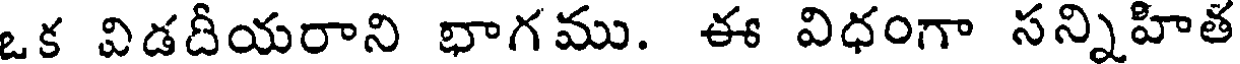
ఒక విడదీయరాని భాగము. ఈ విధంగా సన్నిహిత